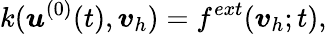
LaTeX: k({\boldsymbol{\mathbf{\mathit{u}}}}^{(0)}(t),{\boldsymbol{\mathbf{\mathit{v}}}}_{h})=f^{ext}({\boldsymbol{\mathbf{\mathit{v}}}}_{h};t),